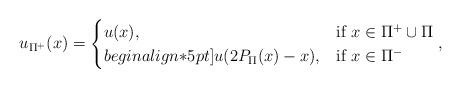
LaTeX: \begin{align*}u_{\Pi^+}(x) = \begin{cases}u(x), & \mbox{if $x\in\Pi^+\cup\Pi$}\\begin{align*}5pt]u(2P_{\Pi}(x)-x), & \mbox{if $x\in\Pi^-$}\end{cases},\end{align*}